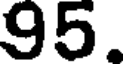
95.